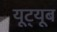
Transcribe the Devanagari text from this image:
यूट़्यूब